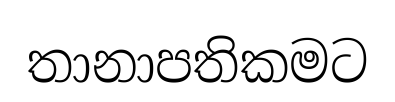
තානාපතිකමට